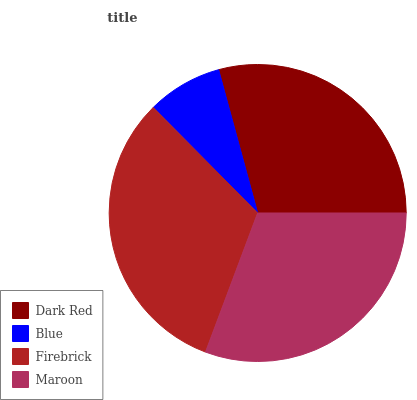
| Dark Red | Blue | Firebrick | Maroon |
 | --- | --- | --- | --- |
 | 29.3% | 8.19% | 31.8% | 30.7% |